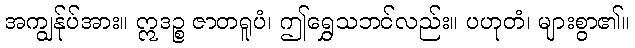
အကျွန်ုပ်အား။ ဣဒဉ္စ ဇာတရူပံ၊ ဤရွှေသဘင်လည်း။ ပဟုတံ၊ များစွာ၏။